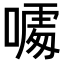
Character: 𠻔